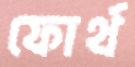
ফোর্থ